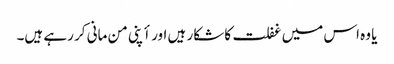
یا وہ اس میں غفلت کا شکار ہیں اور أپنی من مانی کر رہے ہیں۔